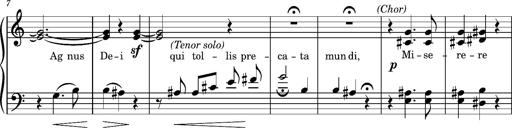
Title: Album-Leaf 'Poco adagio aus der Graner Messe'
Composer: Franz Liszt